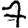
Digit: 7